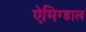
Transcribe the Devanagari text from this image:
ऐमिग्डाल